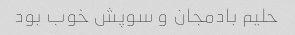
حلیم بادمجان و سوپش خوب بود